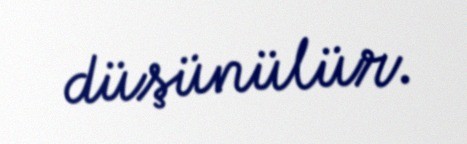
düşünülür.